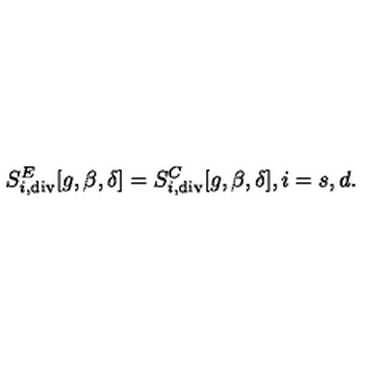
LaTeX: S _ { i , \tiny \mathrm { d i v } } ^ { E } [ g , \beta , \delta ] = S _ { i , \tiny \mathrm { d i v } } ^ { C } [ g , \beta , \delta ] , i = s , d .